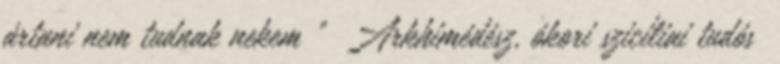
ártani nem tudnak nekem ” Arkhimédész, ókori szicíliai tudós